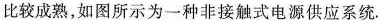
比较成熟，如图所示为一种非接触式电源供应系统.